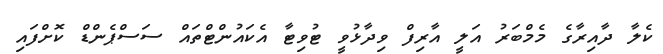
ކެލާ ދާއިރާގެ މެމްބަރު އަލީ އާރިފް ވިދާޅުވީ ޓުވިޓާ އެކައުންޓްތައް ސަސްޕެންޑް ކޮށްފައި